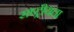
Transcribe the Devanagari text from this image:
राष्‍ट्रीयता